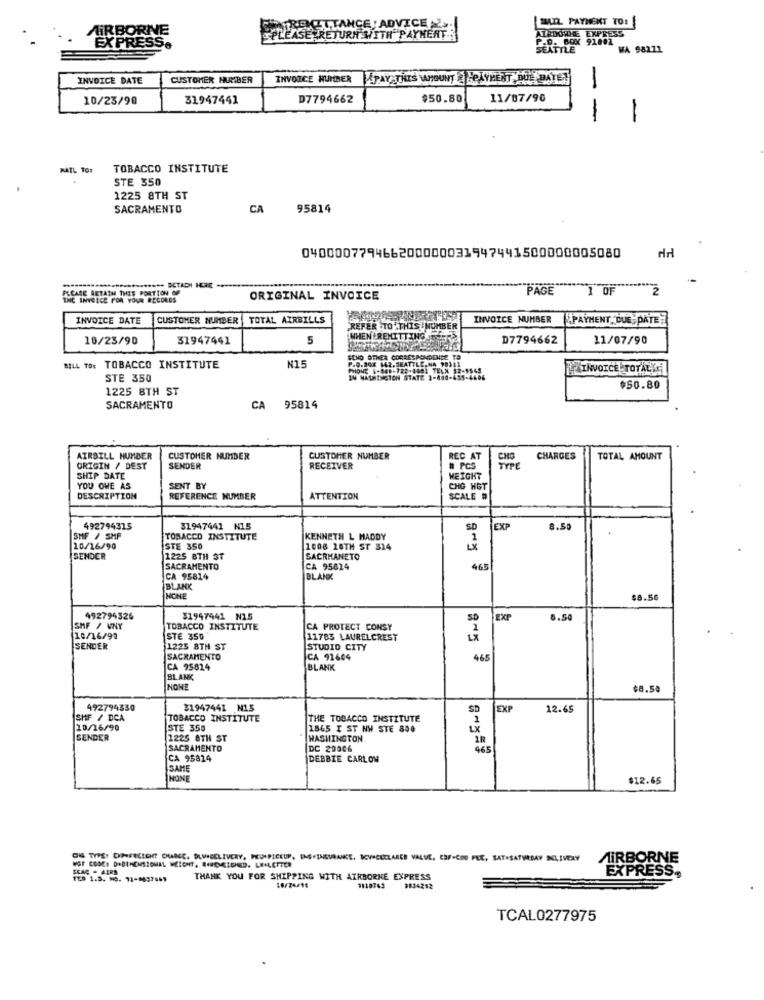
MAIL. PAYMENT TO:
AIRBORNE
HERECETTANCE : ADVICE
AIRDOTHE EXPRESS
EXPRESS
PLEASE RETURN WITH PAYNERT,
P.D. BOK 91802
SEATTLE
WA 98211
INVOICE DATE
CUSTOMER NUMBER
INVOICE HUMBER
APAY THIS AMOUNT HOLYHENT DUE DATE!
10/23/90
31947441
D7794662
$50.80
11/07/90
--
-
MAIL TOE
TOBACCO INSTITUTE
STE 350
1225 8TH ST
SACRAMENTO
CA
95814
040000779466200000031947441500000005080
PLEASE RETAIN THIS PORTION OF
****- BETADI HORE -
PAGE
1 OF
2
INC INYGECE FOR YOUR RECORDS
ORIGINAL INVOICE
INVOICE DATE
CUSTOMER NUMBER TOTAL AIRBILLS
INVOICE NUMBER
PAYMENT DUE DATE
REFER TO' THIS | NUMBER
10/23/90
31947441
5
WHENAREHITTING
D7794662
11/07/90
N15
CHO OTHER CORRESPONDENCE TO
BILL TO: TOBACCO INSTITUTE
PKINVOICE TOTALY
STE 350
14 MASHINGTON STATE 1-4H
1225 8TH ST
$50.80
SACRAMENTO
CA 95814
AIRBILL NUMBER
CUSTOMER NUMBER
CUSTOMER NUMBER
REC AT
CHARGES
TOTAL AMOUNT
ORIGIN / DEST
SENDER
RECEIVER
# PCS
TYPE
SHIP DATE
WEIGHT
YOU OWE AS
SENT BY
CHG HGT
DESCRIPTION
REFERENCE NUMBER
ATTENTION
SCALE #
492794315
31947441 N15
SD
EXP
8.5
SMF / SMP
TOBACCO INSTITUTE
KENNETH L HADDY
10/16/90
STE 350
1008 28TH ST 314
SENDER
1225 8TH ST
SACRHANETO
SACRAMENTO
CA 95814
465
CA 95814
BLANK
BLANK
NONE
$8.50
492794326
31947441 N15
EXP
6.5
SHF / VNY
TOBACCO INSTITUTE
CA PROTECT CONSY
10/16/90
STE 350
11783 LAURELCREST
2-5
SENDER
1225 8TH ST
STUDIO CITY
SACRAMENTO
CA 91604
465
CA 95814
BLANK
BLANK
NONE
$8.50
492794330
31947441 N15
SD
EXP
12.65
SHF / DCA
TOBACCO INSTITUTE
THE TOBACCO INSTITUTE
1
10/16/90
STE 350
1865 I ST NW STE 800
LX
SENDER
2225 8TH ST
WASHINGTON
SACRAMENTO
DC 20806
CA 95814
DEBBIE CARLOW
ISAMI
NONE
$12.65
DIG TYPE: CXPFREIGHT CHARGE. PLVICELIVERY, PCONPICKUP, IME.INSURANCE, DEVICECLARES VALUE, CAF-COD FEE, SAT.SATURDAY SLIVERY
AIRBORNE
SKAC . AERS
THANK YOU FOR SHIPPING WITH ATRBORKE EXPRESS
EXPRESS.
2834212
TCAL0277975